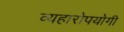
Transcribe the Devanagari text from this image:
व्यहारोपयोगी